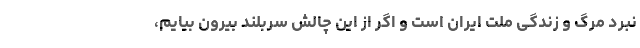
نبرد مرگ و زندگی ملت ایران است و اگر از این چالش سربلند بیرون بیایم،